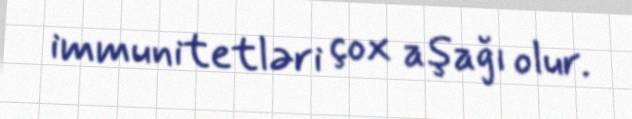
immunitetləri çox aşağı olur.